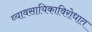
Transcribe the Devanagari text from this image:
व्यावसायिकाविरोधात